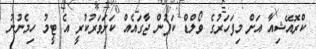
ކްރޮއޭޝިއާ އަށް މިފަހަރުގެ ވޯލްޑް ކަޕުން ޖާގައެއް ކަށަވަރުކުރީ އެ ޓީމު ހިމެނުނު